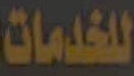
للخدمات